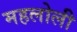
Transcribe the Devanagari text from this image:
महलोली